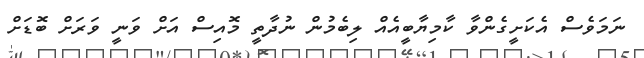
ނަމަވެސް އެކަށީގެންވާ ކާމިޔާބީއެއް ލިބެމުން ނުދާތީ މޮއިސް އަށް ވަނީ ވަރަށް ބޮޑަށް